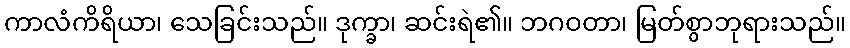
ကာလံကိရိယာ၊ သေခြင်းသည်။ ဒုက္ခာ၊ ဆင်းရဲ၏။ ဘဂဝတာ၊ မြတ်စွာဘုရားသည်။